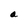
Character: a